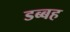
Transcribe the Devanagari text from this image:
डब्बह